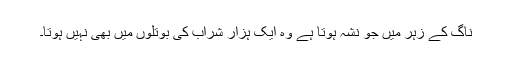
ناگ کے زہر میں جو نشہ ہوتا ہے وہ ایک ہزار شراب کی بوتلوں میں بھی نہیں ہوتا۔